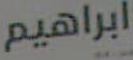
ابراهيم